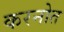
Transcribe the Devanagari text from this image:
करनोत